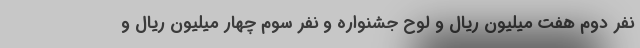
نفر دوم هفت میلیون ریال و لوح جشنواره و نفر سوم چهار میلیون ریال و